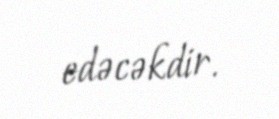
edəcəkdir.